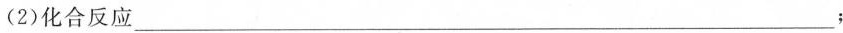
(2)化合反应___；